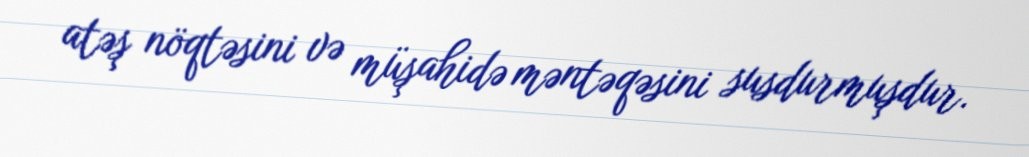
atəş nöqtəsini və müşahidə məntəqəsini susdurmuşdur.